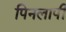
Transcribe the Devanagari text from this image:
पिनलापी